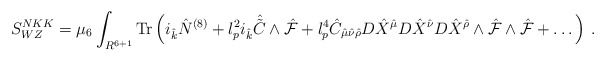
\begin{align*}S^{N KK}_{WZ}=\mu_6\int_{R^{6+1}}{\rm Tr}\left( i_{\hat k}{\hat N}^{(8)}+l_p^2 i_{\hat k}{\hat {\tilde C}}\wedge {\hat {\cal F}}+l_p^4{\hat C}_{{\hat \mu}{\hat \nu}{\hat \rho}}D{\hat X}^{\hat \mu}D{\hat X}^{\hat \nu}D{\hat X}^{\hat \rho}\wedge {\hat {\cal F}}\wedge{\hat {\cal F}}+\dots\right)\, .\end{align*}